Vaccination North-Western Provinces and Oudh 1896-1901 - 1896-1901
Year: 1896
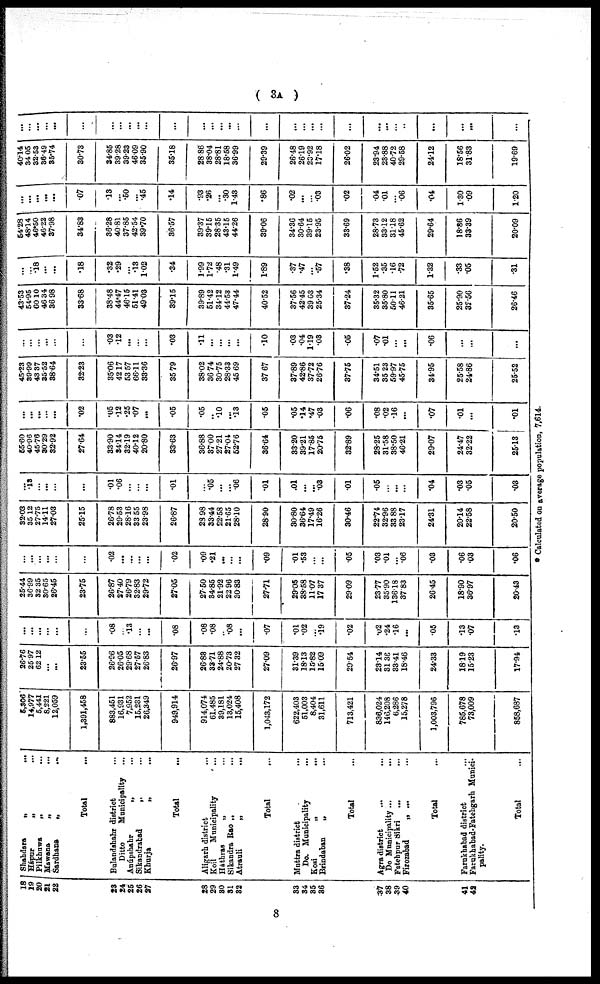
(
3A
)
18
19
20
21
22
23
24
25
26
27
28
29
30
31
32
33
34
35
36
37
38
39
40
41
42
Shahdara
„
...
Hápur
„
...
Pilkhuwa „ ...
Mawana „ ...
Sardhana
„
...
Total ...
Bulandshahr district ...
Ditto Municipality ...
Anúpshahr „ ...
Sikandrabad „ ...
Khurja
„ ...
Total ...
Aligarh district ...
Koil Municipality ...
Háthras „ ...
Sikandra Rao „ ...
Atrauli
„
...
Total ...
Muttra district ...
Do. Municipality ...
Kosi „ ...
Brindaban
„ ...
Total ...
Agra district ... ...
Do Municipality ...
...
Fatehpur Sikri ... ...
Firozabad
„ ...
...
Total ...
Farukhabad district ...
Farukhabad-Fatehgarh Munici-
pality.
Total ...
5,306
14,977
5,441
8, 221
12,059
1,391,458
883,451
16, 931
7,952
15,231
26,349
949,914
914, 074
61,485
39,181
13,024
15,408
1,043,172
622,403
51,003
8, 404
31,611
713,421
836,024
146,208
6,286
15,278
1,003,796
785,678
73,009
858,687
26.76
25.97
62.12
...
...
23.55
26.96
26.05
29.68
27.57
26.83
26.97
26.83
33.71
24.88
20.73
27.32
27.09
31.39
18.13
15.82
15.09
29.54
23.14
31.36
33.41
18.46
24.33
18.19
15.23
17.94
...
...
...
...
...
...
.08
...
.13
...
...
.08
.08
.08
...
.08
...
.07
.01
.02
...
.19
.02
.02
.24
.16
...
.05
.13
.07
.13
25.44
36.99
32.35
30.65
26.45
23.75
26.87
27.40
26.79
32.83
29.72
27.05
27.50
34.85
21.92
22.96
30.83
27.71
29.05
38.58
11.07
17.37
29.09
23.77
35.90
136.18
37.83
26.45
18.90
36.97
20.43
...
...
...
...
...
.02
...
...
...
...
.02
.09
.21
...
...
...
.09
.01
.53
...
...
.05
.03
.01
...
.06
.03
.06
.03
.06
32.03
35.12
2775
14.11
27.03
25.15
26.78
29.53
28.16
33.55
23.98
26.87
23. 98
33.44
22.58
21.65
28.10
28.90
30.80
36.64
17.49
16.26
30.46
22.74
32.96
33.88
23.17
24.31
20.14
22.58
20.50
...
.13
...
...
...
...
.01
.06
...
...
...
.01
...
.05
...
...
.06
.01
.01
...
...
.03
.01
.05
...
...
...
.04
.03
.05
.03
55.60
40.96
45.76
30.29
32.92
27.64
33.90
34.14
32.19
40.12
20.80
33.63
36.88
37.00
27.21
27.04
52.76
36.64
33.20
39.21
17.85
20.75
32.89
28.25
31.58
38.50
46.21
29.07
24.47
32.22
25.13
...
...
...
...
...
.02
.05
.12
.25
.07
.05
.05
...
.10
.13
.05
.05
.14
.47
.03
.06
.08
.02
.16
...
.07
.01
...
.01
45.23
39.99
43.37
35.52
38.64
32.23
35.06
42.17
53. 57
66.11
33.36
35.79
38.02
36.74
30.75
28.33
45.69
37.67
37.89
42.86
37.72
26.76
37.75
34.51
35.23
59.97
45.75
34.95
25.58
24.86
25.52
...
...
...
...
...
...
.03
12
...
...
...
.03
.11
...
...
...
...
.10
.03
.04
1.19
.03
.05
.07
.01
... ...
.06
...
...
...
43.53
54.95
60.10
46.34
36.98
33.68
38.48
44.47
46.15
51.41
49.03
39.15
39.89
51.42
34.12
44.53
47.44
40.52
37.56
42.45
39. 03
25.34
37.24
35.32
35.80
50.11
46.21
35.65
25.90
32.56
26.46
...
... .18
...
...
.18
.32
.29
...
.13
1.02
.34
1.99
1.72
.48
.31
1.49
1.89
.37
.47
...
.57
.38
1.52
.35
.16
.72
1.32
.33
.05
.31
54.28
48.14
46.50
46.22
37.98
34.83
36.28
40.81
37.85
42.54
39.70
36.57
39.37
39.15
28.35
43.15
44.26
39.06
34.36
30.64
39.15
23.95
33.69
28.73
33.12
31.18
45.62
29.64
18.86
33.39
20.09
...
...
...
...
...
.07
.13
... .50
...
.45
.14
.93
.26
... .30
1.43
.86
.02
...
...
.03
.02
.04
.01
... .06
.04
1.30
.09
1.20
40.14
34.05
32.53
36.49
35.74
30.73
34.85
39.28
39.23
46.09
35.90
35.18
28.86
38.04
28.81
18.58
36.99
29.39
26.48
26.19
23.92
17.18
26.02
23.94
23.88
40.72
29.58
24.12
18.56
31.83
19.69
...
...
...
...
...
...
...
...
...
...
...
...
...
...
...
...
...
...
...
...
...
...
...
...
...
... ...
...
...
...
...
* Calculated on average population, 7,614.
8